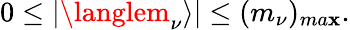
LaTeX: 0\leq|\langlem_{\nu}\rangle|\leq(m_{\nu})_{ma\mathbf{x}}.